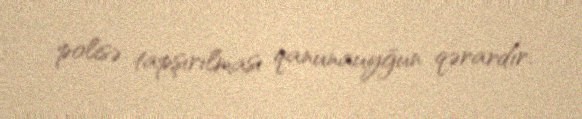
polisə tapşırılması qanunauyğun qərardır.